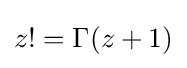
z!=\Gamma (z+1)